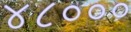
૪૮૦૦૦